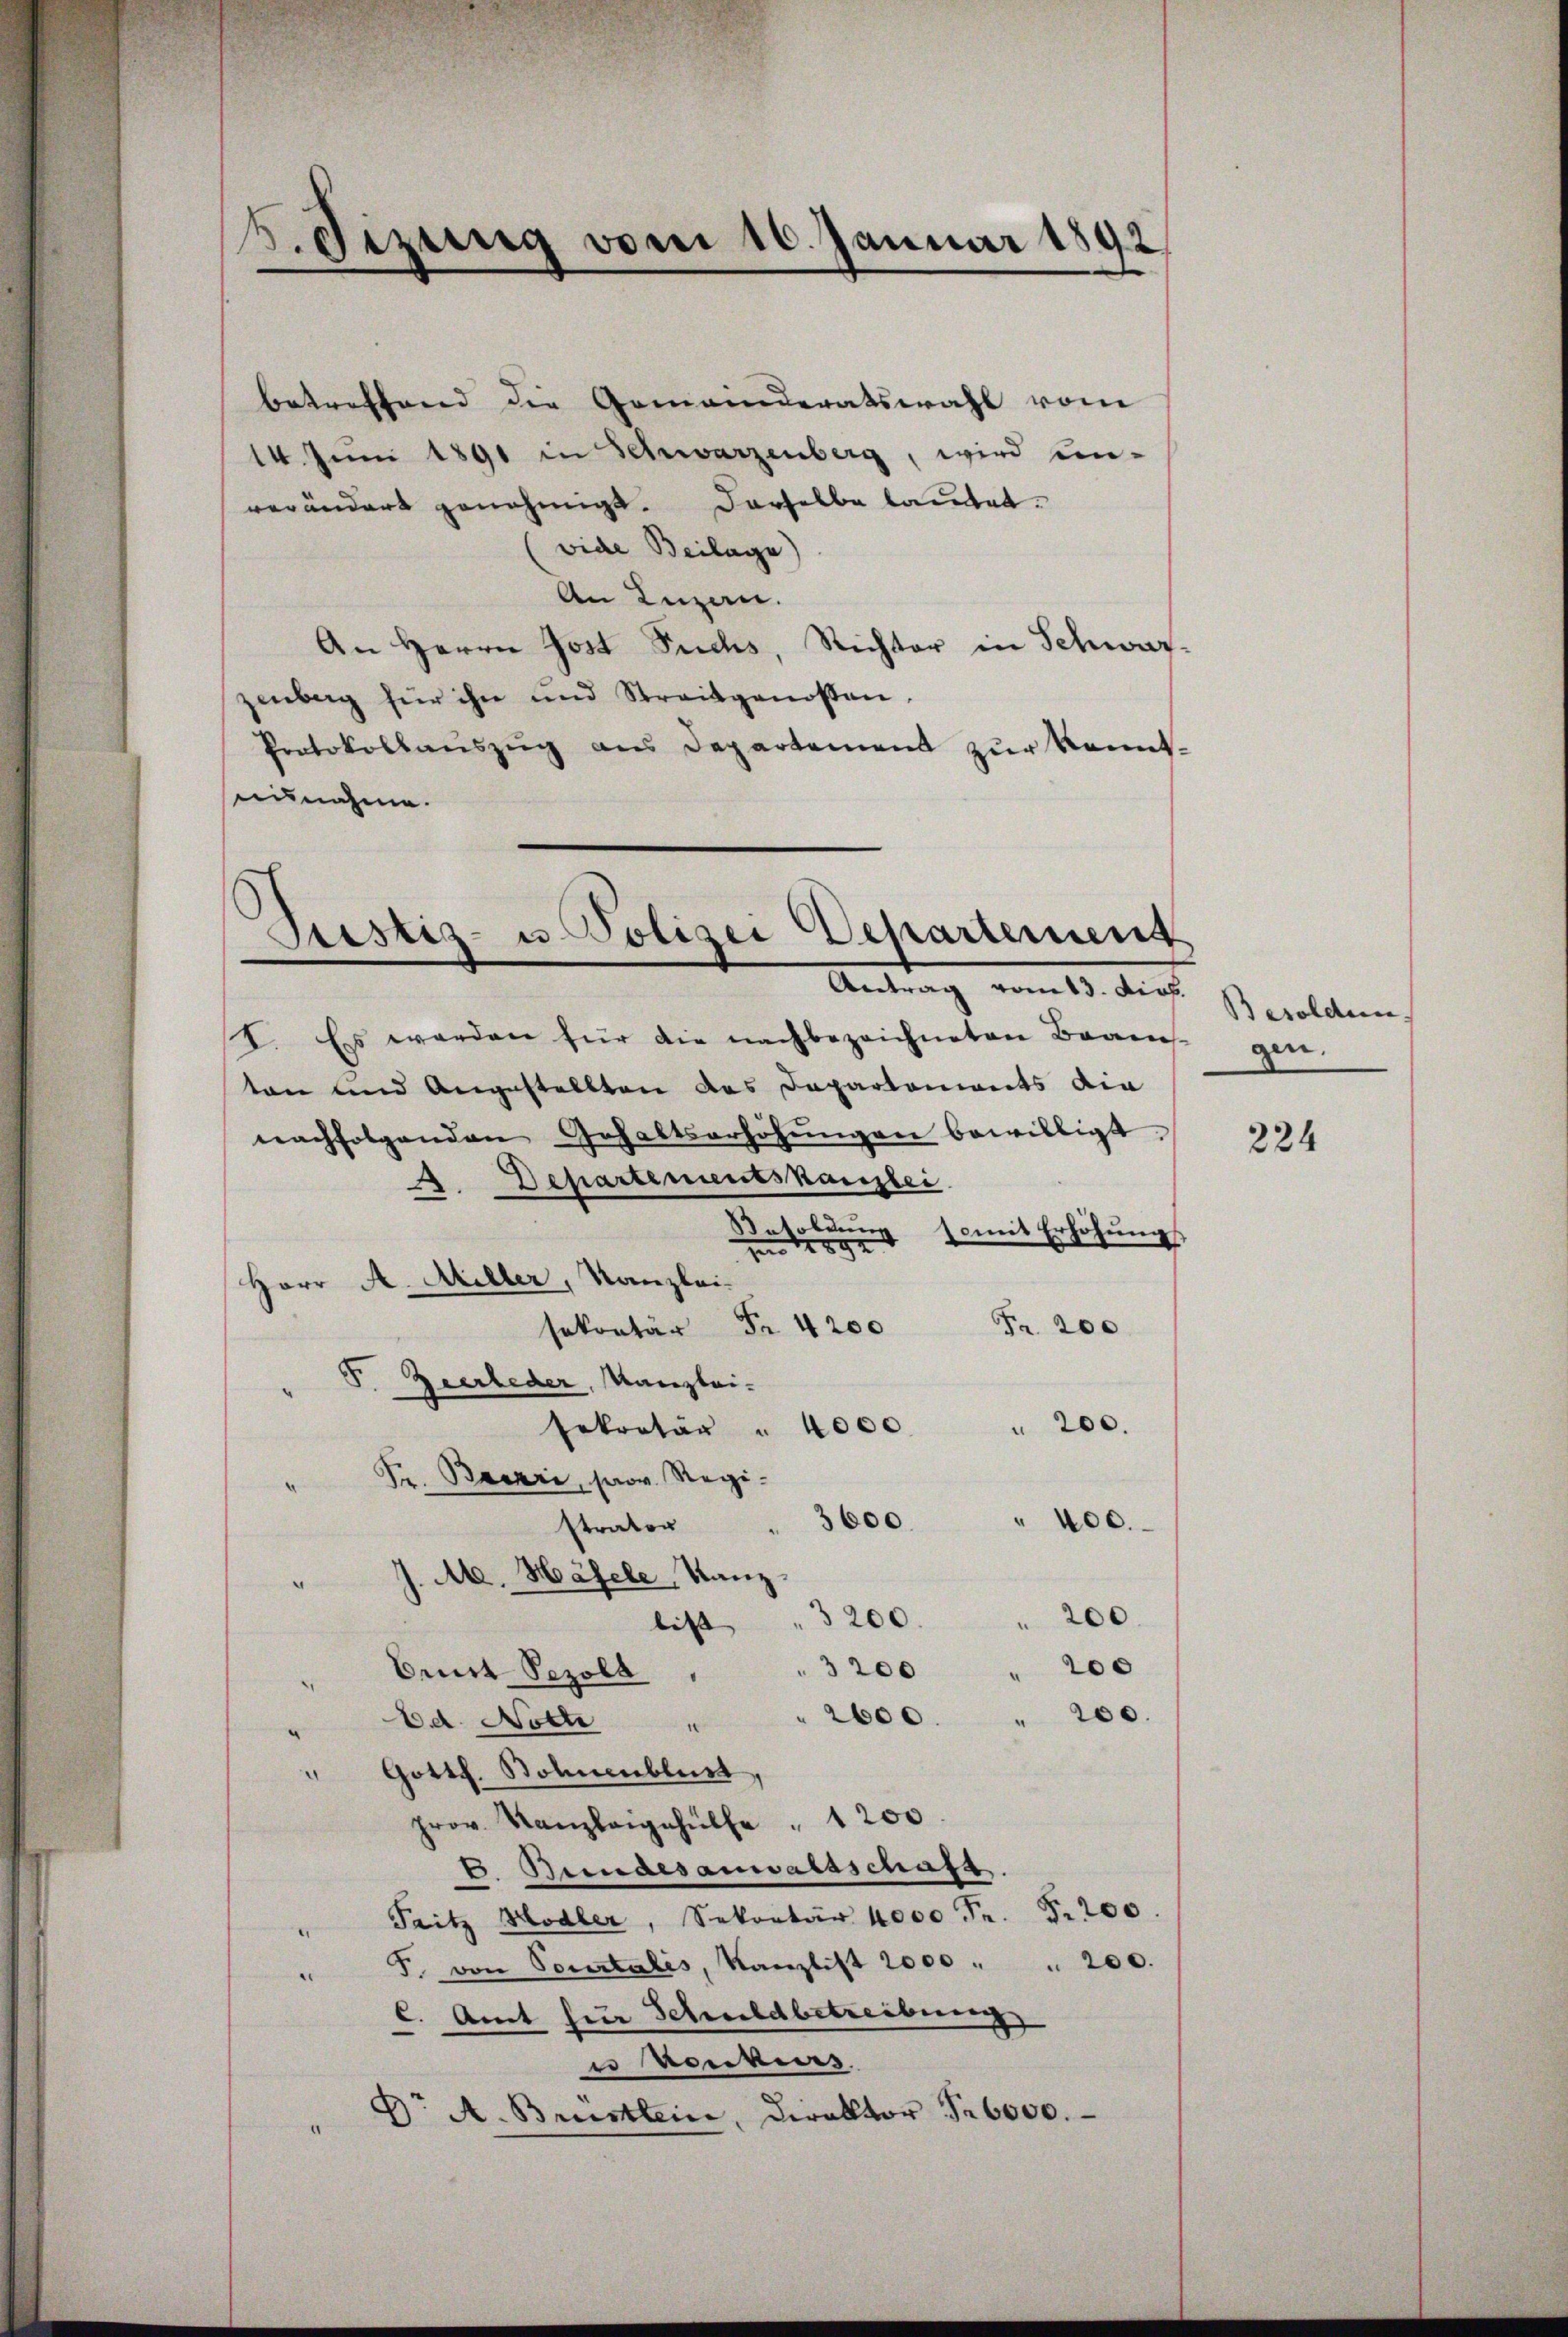
V. Sizung vom 10. Januar 1892

betreffend die Gemeinderatswahl vom
14. Juni 1891 in Schwarzenberg, wird un-
verändert genehmigt. Derselbe lautet.
vide Beilage)
An Luzern.
An Herrn Jost Fuchs, Richter in Schwar-
zenberg für ihn und Streitgenossen,
Protokollaŭszŭg ans Departement zŭr Kennt-
nunahme.
I. Es werden für die nachbezeichneten Bran-
ten und Angestellten des Departoniants die
nachfolgenden Gehaltserhöhŭngen bewilligt.
4. Departementskanzlei.
Besoldŭng somit Erhöhŭngs
d
zu 1 1891
Herr A. Miller, Kanzlei
Fr. 200
sekretär Fr. 4200
S. Zeerleder, Kanzlei-
 200.
sekretär " 4000
" Dr. Bacari, prov. Regi¬
3600.
" 400.
strator
J. M. Häfele, Kanz¬
¬
"3200. " 200
lis
3 200 " 200
Brust-Pezola
2600.
" 200.
Ed. Noch "
Gottl. Bohnenblust,
prov. Kanzleigehülfe " 1200
E. Bundesanwalsschaft
Pritz Hodler, Sekretär 4000 Fr. 5. 200.
F. von Sontalis, Kanzlist 2000 " " 200.
C. Amt für Schuldbetreibung
u Konkurs
Dr A. Brustlein, Direktor Fr. 6000.

Justiz- u Polizei Departement
Antrag vom 13. dich.

Besoldun
gen.

224